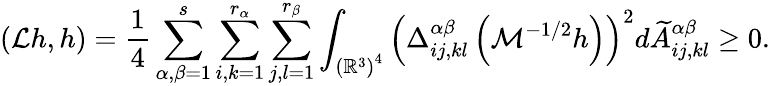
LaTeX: \left(\mathcal{L}h,h\right)=\frac{1}{4}\sum_{\alpha,\beta=1}^{s}\sum_{i,k=1}^{r_{\alpha}}\sum_{j,l=1}^{r_{\beta}}\int_{\left(\mathbb{R}^{3}\right)^{4}}\left(\Delta_{ij,kl}^{\alpha\beta}\left(\mathcal{M}^{-1/2}h\right)\right)^{2}d\widetilde{A}_{ij,kl}^{\alpha\beta}\geq 0.